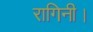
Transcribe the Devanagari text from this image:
रागिनी।